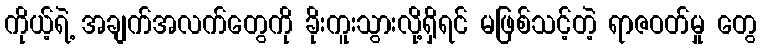
ကိုယ့်ရဲ့ အချက်အလက်တွေကို ခိုးကူးသွားလို့ရှိရင် မဖြစ်သင့်တဲ့ ရာဇဝတ်မှု တွေ